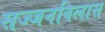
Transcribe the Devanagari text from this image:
सज्जनविलास